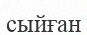
сыйған